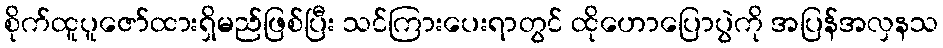
စိုက်ထူပူဇော်ထားရှိမည်ဖြစ်ပြီး သင်ကြားပေးရာတွင် ထိုဟောပြောပွဲကို အပြန်အလှနသ